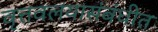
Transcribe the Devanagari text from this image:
वृत्तवलयासंबंधीत